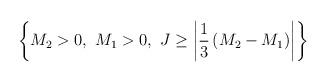
LaTeX: \begin{align*}\left\{M_2>0,~M_1>0,~J\ge\left|{1\over 3}\left(M_2-M_1\right)\right|\right\}\end{align*}